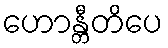
ဟောန္တီတိပေ